Indian journal of veterinary science and animal husbandry - Volume 11,
Year: 1941
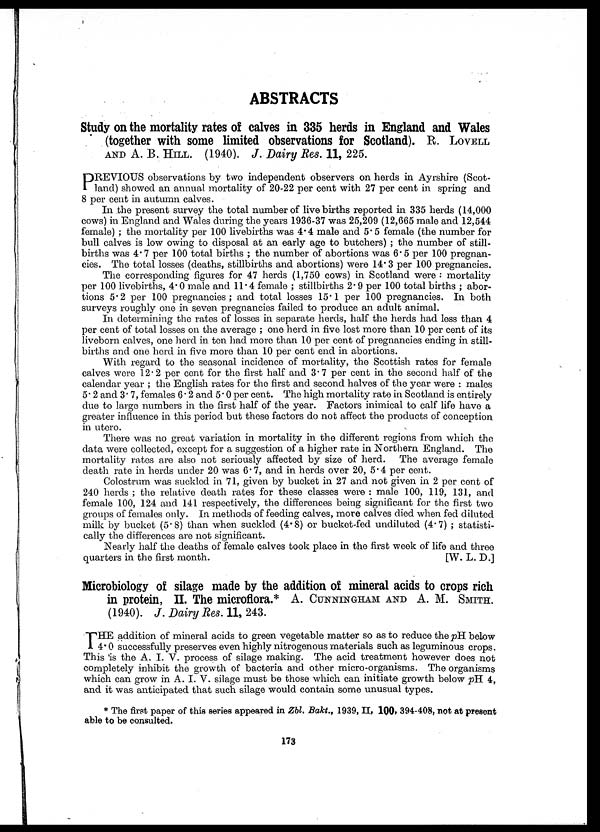
ABSTRACTS
Study on the mortality rates of calves in 335 herds in England and Wales
(together with some limited observations for Scotland). R. LOVELL
AND A. B. HILL. (1940). J. Dairy Res. 11, 225.
P REVIOUS observations by two independent observers on herds in Ayrshire (Scot-
land) showed an annual mortality of 20-22 per cent with 27 per cent in spring and
8 per cent in autumn calves.
In the present survey the total number of live births reported in 335 herds (14,000
cows) in England and Wales during the years 1936-37 was 25,209 (12,665 male and 12,544
female) ; the mortality per 100 livebirths was 4.4 male and 5.5 female (the number for
bull calves is low owing to disposal at an early age to butchers) ; the number of still-
births was 4.7 per 100 total births ; the number of abortions was 6.5 per 100 pregnan-
cies. The total losses (deaths, stillbirths and abortions) were 14.3 per 100 pregnancies.
The corresponding figures for 47 herds (1,750 cows) in Scotland were : mortality
per 100 livebirths, 4.0 male and 11.4 female ; stillbirths 2.9 per 100 total births ; abor-
tions 5.2 per 100 pregnancies; and total losses 15.1 per 100 pregnancies. In both
surveys roughly one in seven pregnancies failed to produce an adult animal.
In determining the rates of losses in separate herds, half the herds had less than 4
per cent of total losses on the average ; one herd in five lost more than 10 per cent of its
liveborn calves, one herd in ten had more than 10 per cent of pregnancies ending in still-
births and one herd in five more than 10 per cent end in abortions.
With regard to the seasonal incidence of mortality, the Scottish rates for female
calves were 12.2 per cent for the first half and 3.7 per cent in the second half of the
calendar year ; the English rates for the first and second halves of the year were : males
5.2 and 3.7, females 6.2 and 5.0 per cent. The high mortality rate in Scotland is entirely
due to large numbers in the first half of the year. Factors inimical to calf life have a
greater influence in this period but these factors do not affect the products of conception
in utero.
There was no great variation in mortality in the different regions from which the
data were collected, except for a suggestion of a higher rate in Northern England. The
mortality rates are also not seriously affected by size of herd. The average female
death rate in herds under 20 was 6.7, and in herds over 20, 5.4 per cent.
Colostrum was suckled in 71, given by bucket in 27 and not given in 2 per cent of
240 herds ; the relative death rates for these classes were : male 100, 119, 131, and
female 100, 124 and 141 respectively, the differences being significant for the first two
groups of females only. In methods of feeding calves, more calves died when fed diluted
milk by bucket (5.8) than when suckled (4.8) or bucket-fed undiluted (4.7) ; statisti-
cally the differences are not significant.
Nearly half the deaths of female calves took place in the first week of life and three
quarters in the first month.
[W. L. D.]
Microbiology of silage made by the addition of mineral acids to crops rich
in protein, II. The microflora.* A. CUNNINGHAM AND A. M. SMITH.
(1940). J. Dairy Res. 11, 243.
T HE addition of mineral acids to green vegetable matter so as to reduce the pH below
4.0 successfully preserves even highly nitrogenous materials such as leguminous crops.
This is the A. I. V. process of silage making. The acid treatment however does not
completely inhibit the growth of bacteria and other micro-organisms. The organisms
which can grow in A. I. V. silage must be those which can initiate growth below pH 4,
and it was anticipated that such silage would contain some unusual types.
* The first paper of this series appeared in Zbl. Bakt., 1939, II, 100, 394-408, not at present
able to be consulted.
173